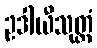
ဥဒါယီသုတ္တံ